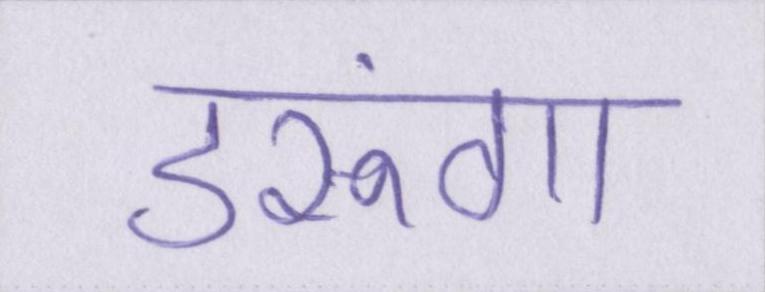
डरूंगा